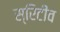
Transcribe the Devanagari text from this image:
स्रिटीव